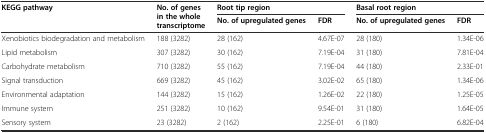
| <ROWSPAN=2> KEGG pathway | <ROWSPAN=2> No. of genes in the whole transcriptome | <COLSPAN=2> Root tip region | <COLSPAN=2> Basal root region |
 | No. of upregulated genes | FDR | No. of upregulated genes | FDR |
 | --- | --- | --- | --- | --- | --- |
 | Xenobiotics biodegradation and metabolism | 188 (3282) | 28 (162) | 4.67E-07 | 28 (180) | 1.34E-06 |
 | Lipid metabolism | 307 (3282) | 30 (162) | 7.19E-04 | 31 (180) | 7.81E-04 |
 | Carbohydrate metabolism | 710 (3282) | 55 (162) | 7.19E-04 | 44 (180) | 2.33E-01 |
 | Signal transduction | 669 (3282) | 45 (162) | 3.02E-02 | 65 (180) | 1.34E-06 |
 | Environmental adaptation | 144 (3282) | 15 (162) | 1.26E-02 | 22 (180) | 1.25E-05 |
 | Immune system | 251 (3282) | 10 (162) | 9.54E-01 | 31 (180) | 1.64E-05 |
 | Sensory system | 23 (3282) | 2 (162) | 2.25E-01 | 6 (180) | 6.82E-04 |